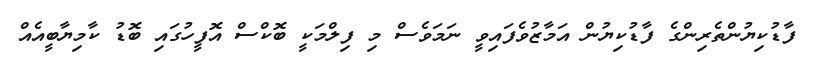
ފާޑުކިޔުންތެރިންގެ ފާޑުކިޔުން އަމާޒުވެފައިވީ ނަމަވެސް މި ފިލްމަކީ ބޮކްސް އޮފީހުގައި ބޮޑު ކާމިޔާބީއެއް